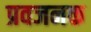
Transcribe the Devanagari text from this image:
प्रवजनक